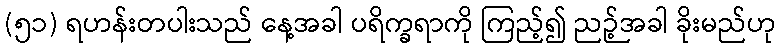
(၅၁) ရဟန်းတပါးသည် နေ့အခါ ပရိက္ခရာကို ကြည့်၍ ညဉ့်အခါ ခိုးမည်ဟု